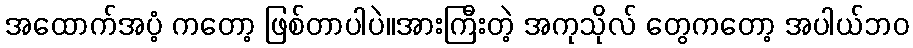
အထောက်အပံ့ ကတော့ ဖြစ်တာပါပဲ။အားကြီးတဲ့ အကုသိုလ် တွေကတော့ အပါယ်ဘဝ